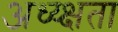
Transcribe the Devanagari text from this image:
अध्य्क्षता